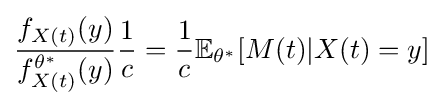
{\frac {f_{X(t)}(y)}{f_{X(t)}^{\theta ^{*}}(y)}}{\frac {1}{c}}={\frac {1}{c}}\mathbb {E} _{\theta ^{*}}[M(t)|X(t)=y]